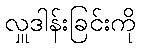
လှူဒါန်းခြင်းကို